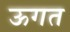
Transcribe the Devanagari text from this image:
ऊगत